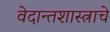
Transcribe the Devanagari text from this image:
वेदान्तशास्त्राचे